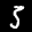
Label: 5